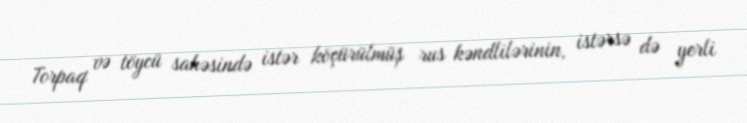
Torpaq və töycü sahəsində istər köçürülmüş rus kəndlilərinin, istərsə də yerli